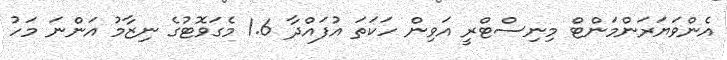
އެންވަޔަރަންމަންޓް މިނިސްޓްރީ އަވިން ހަކަތަ އުފައްދާ 1.6 މެގަވޮޓުގެ ނިޒާމު އަންނަ މަހު